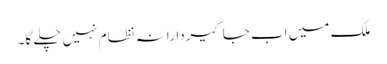
ملک میں اب جاگیردارانہ نظام نہیں چلے گا۔